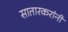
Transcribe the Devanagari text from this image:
सातारकरांनी